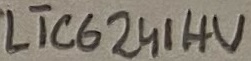
Text: LTC6241HV